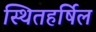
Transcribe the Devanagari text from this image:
स्थितहर्षिल